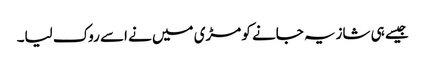
جیسے ہی شازیہ جانے کو مڑی میں نے اسے روک لیا۔